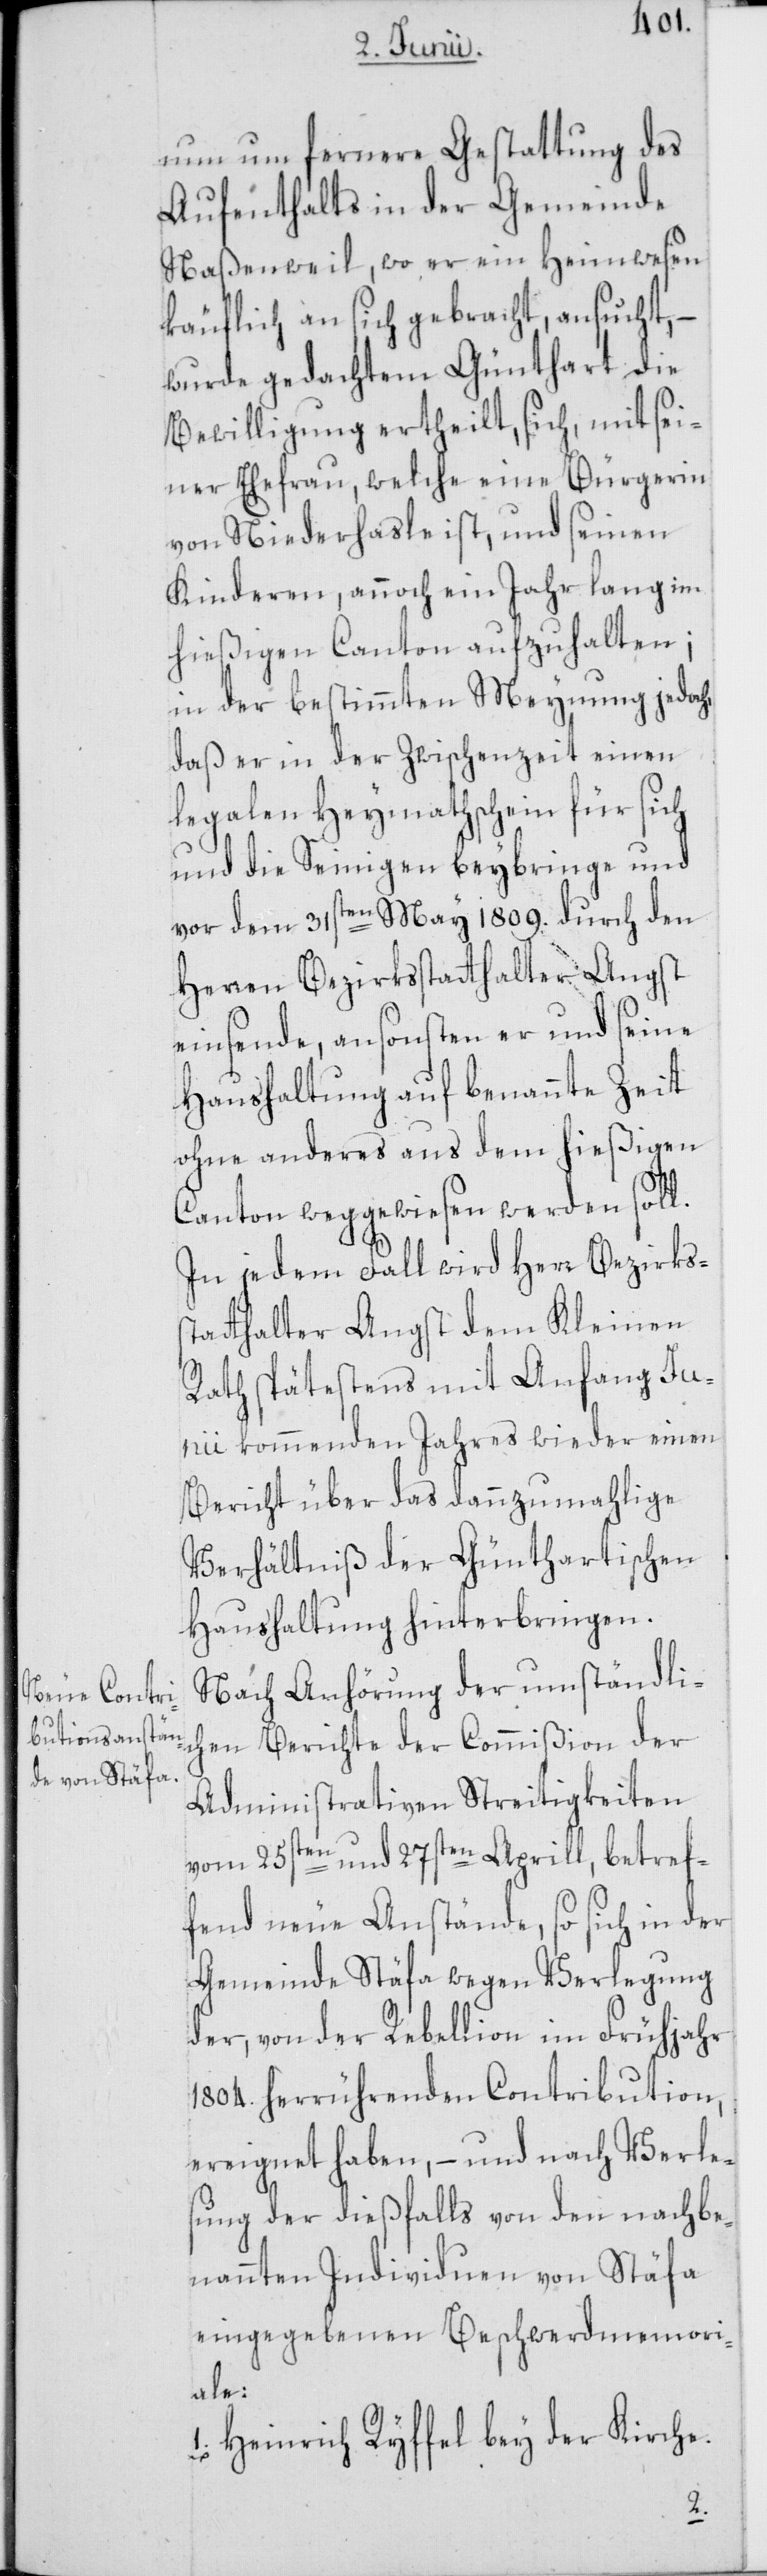
nun um fernere Gestattung des
Aufenthalts in der Gemeinde
Naßenweil, wo er ein Heimwesen
käuflich an sich gebracht, ansucht, –
wurde gedachtem Günthart die
Bewilligung ertheilt, sich, mit sei¬
ner Ehefrau, welche eine Bürgerin
von Niederhasle ist, und seinen
Kinderen, annoch ein Jahr lang im
hießigen Canton aufzuhalten;
in der bestimmten Meynung jedoch,
daß er in der Zwischenzeit einen
legalen Heymathschein für sich
und die Seinigen beybringe und
vor dem 31sten May 1809. durch den
Herren Bezirksstatthalter Angst
einsende, ansonsten er und seine
Haushaltung auf benannte Zeit
ohne anderes aus dem hießigen
Canton weggewiesen werden soll.
In jedem Fall wird Herr Bezirkss¬
tatthalter Angst dem Kleinen
Rath spätestens mit Anfang Jun¬
ii kommenden Jahres wieder einen
Bericht über das dannzumahlige
Verhältniß der Günthartischen
Haushaltung hinterbringen.
Nach Anhörung der umständli¬
chen Berichte der Commißion der
Administrativen Streitigkeiten
vom 25sten und 27sten Aprill, betref¬
fend neue Anstände, so sich in der
Gemeinde Stäfa wegen Verlegung
der, von der Rebellion im Frühjahr
1804. herrührenden Contribution,
ereignet haben, – und nach Verle¬
sung der dießfalls von den nachbe¬
nannten Individuen von Stäfa
eingegebenen Beschwerdmemori¬
ale:
1. Heinrich Ryffel bey der Kirche.